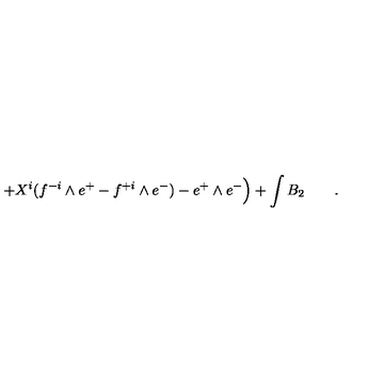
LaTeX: + X ^ { i } ( f ^ { - i } \wedge e ^ { + } - f ^ { + i } \wedge e ^ { - } ) - e ^ { + } \wedge e ^ { - } \Big ) + \int B _ { 2 } \qquad .